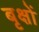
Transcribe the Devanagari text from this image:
बृक्षों